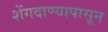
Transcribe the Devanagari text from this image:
शेंगदाण्यापासून